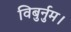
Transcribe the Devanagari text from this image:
विबुर्नुम।